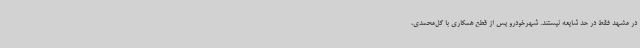
در مشهد فقط در حد شایعه نیستند. شهرخودرو پس از قطع همکاری با گل‌محمدی،